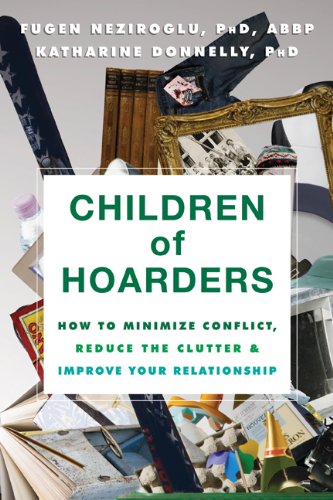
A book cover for Children of Hoarders: How to Minimize Conflict, Reduce the Clutter, and Improve Your Relationship; Fugen Neziroglu PhD  ABBP  ABPP; Parenting & Relationships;